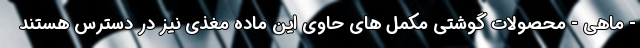
- ماهی - محصولات گوشتی مکمل های حاوی این ماده مغذی نیز در دسترس هستند